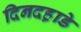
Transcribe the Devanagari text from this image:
दिनदह़ाडे